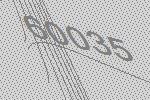
60035